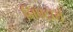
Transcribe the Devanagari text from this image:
निपटाये